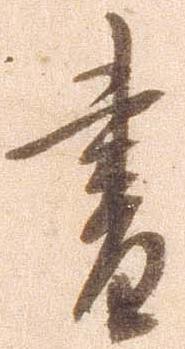
書